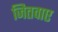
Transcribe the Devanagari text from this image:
जितवाए